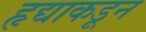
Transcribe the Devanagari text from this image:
हृद्याकडून